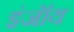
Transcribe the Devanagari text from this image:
इंजॉय